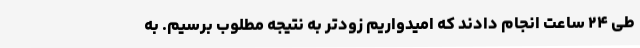
طی ۲۴ ساعت انجام دادند که امیدواریم زودتر به نتیجه مطلوب برسیم. به